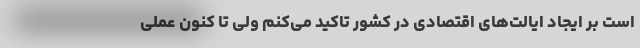
است بر ایجاد ایالت‌های اقتصادی در کشور تاکید می‌کنم ولی تا کنون عملی